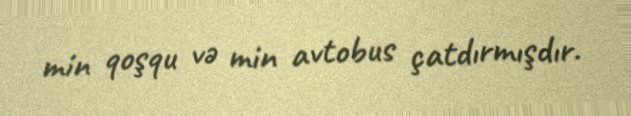
min qoşqu və min avtobus çatdırmışdır.